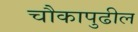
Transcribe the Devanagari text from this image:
चौकापुढील